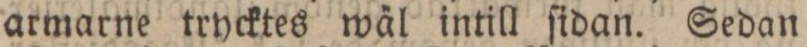
armarne trycktes wäl intill ſidan. Sedan